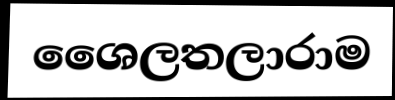
ශෛලතලාරාම